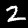
Digit: 2